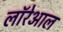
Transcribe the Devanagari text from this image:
लॉरेआल